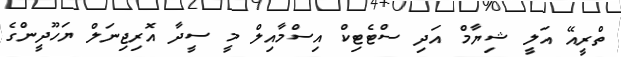
ތްރީއޭ އަލީ ޝިޔާމް އަދި ސްޓެޓިކް އިސްމާއިލް މީ ސީދާ އޮރިޖިނަލް ޔަހޫދީންގެ